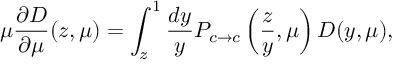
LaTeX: \mu \frac { \partial D } { \partial \mu } ( z , \mu ) = \int _ { z } ^ { 1 } \frac { d y } { y } { \cal P } _ { c \to c } \left( \frac { z } { y } , \mu \right) D ( y , \mu ) ,